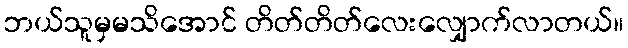
ဘယ်သူမှမသိအောင် တိတ်တိတ်လေးလျှောက်လာတယ်။